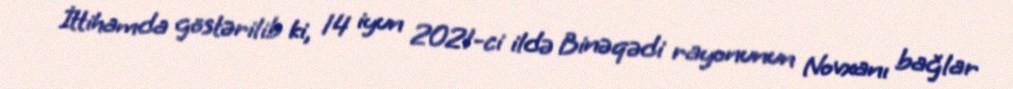
İttihamda göstərilib ki, 14 iyun 2021-ci ildə Binəqədi rayonunun Novxanı bağlar